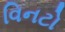
વિનટો